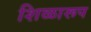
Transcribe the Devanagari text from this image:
शिळारूप